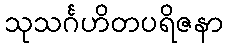
သုသင်္ဂဟိတပရိဇနာ